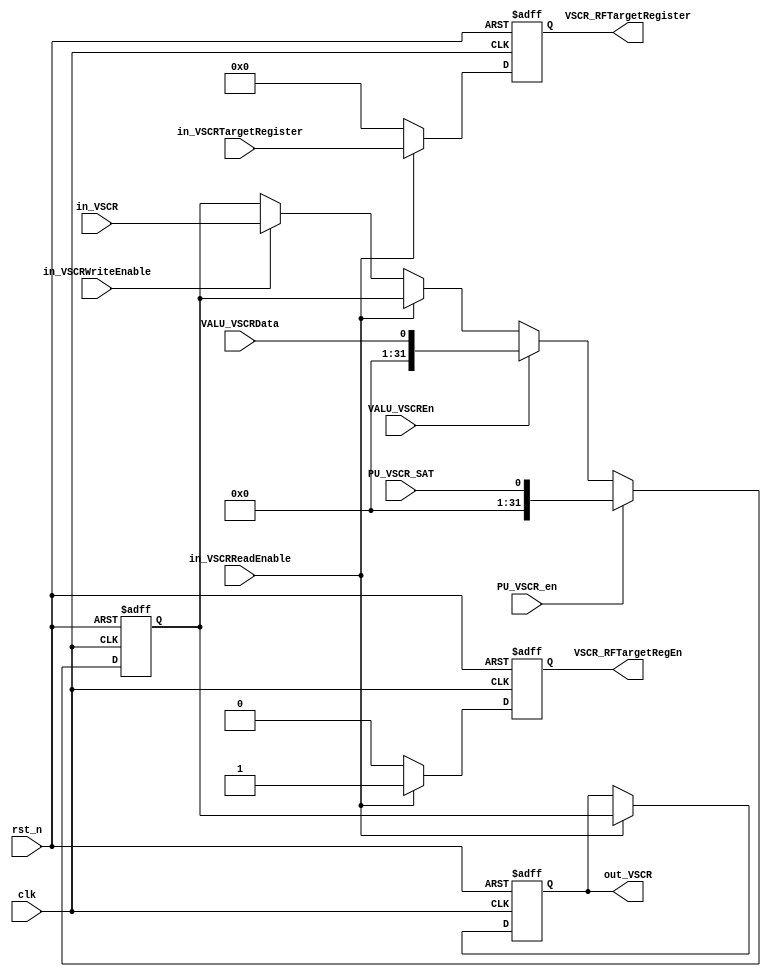
//===============================================================================
//  File Revision   : 1.0
//  ----------------------------------------------------------------------------
//  Description     : Vector Status and Control Register (for students)
//  Function        : Read or Write VSCR
//  ----------------------------------------------------------------------------
// Copyright (c) 2015,Tianjin University.
//               No.92 Weijin Road , Nankai District, Tianjin, 300072, China
// Tianjin University Confidential Proprietary
//===============================================================================

module VSCR(
                 clk,
                 rst_n,
                 in_VSCRReadEnable,
                 in_VSCRTargetRegister,
                 in_VSCR,
                 in_VSCRWriteEnable,
                 PU_VSCR_en,
                 PU_VSCR_SAT,
                 VALU_VSCREn,
                 VALU_VSCRData,
                 
                 VSCR_RFTargetRegEn,
                 VSCR_RFTargetRegister,
                 out_VSCR
                 );

//===============================================================================
//input and output declaration
//===============================================================================
input            clk;
input            rst_n;
//enable read VSCR_reg
input            in_VSCRReadEnable;
input    [0:  4] in_VSCRTargetRegister;
input    [0: 31] in_VSCR;
//enable write VSCR_reg
input            in_VSCRWriteEnable;
input            PU_VSCR_en;
input            PU_VSCR_SAT;
input            VALU_VSCREn;
input            VALU_VSCRData;

//read output
output           VSCR_RFTargetRegEn;
output   [0:  4] VSCR_RFTargetRegister;
output   [0: 31] out_VSCR;

//reg style declaration of output signal
reg              VSCR_RFTargetRegEn;
reg      [0:  4] VSCR_RFTargetRegister;
reg      [0: 31] out_VSCR;
//===============================================================================
//internal signal
//===============================================================================
reg      [0: 31] VSCR_reg;

//===============================================================================
//reg input once, because Permute Unit need one pipeline
//===============================================================================
always @ (posedge clk or negedge rst_n)
if(!rst_n)
  VSCR_reg              <= 32'b0;
else if(PU_VSCR_en)
  VSCR_reg              <= {31'b0,PU_VSCR_SAT};
else if(VALU_VSCREn)
  VSCR_reg              <= {31'b0,VALU_VSCRData};
else if(in_VSCRReadEnable)
  VSCR_reg              <= VSCR_reg;
else if(in_VSCRWriteEnable)
  VSCR_reg              <= in_VSCR;
else
  VSCR_reg              <= VSCR_reg;

always @ (posedge clk or negedge rst_n)
if(!rst_n)
  out_VSCR              <= 32'b0;
else if(in_VSCRReadEnable)
  out_VSCR              <= VSCR_reg;
else
  out_VSCR              <= out_VSCR;

always @ (posedge clk or negedge rst_n)
if(!rst_n)
begin
  VSCR_RFTargetRegEn    <= 1'b0;
  VSCR_RFTargetRegister <= 5'b0;
end
else if(in_VSCRReadEnable)
begin
  VSCR_RFTargetRegEn    <= 1'b1;
  VSCR_RFTargetRegister <= in_VSCRTargetRegister;
end
else
begin
  VSCR_RFTargetRegEn    <= 1'b0;
  VSCR_RFTargetRegister <= 5'b0;
end

endmodule